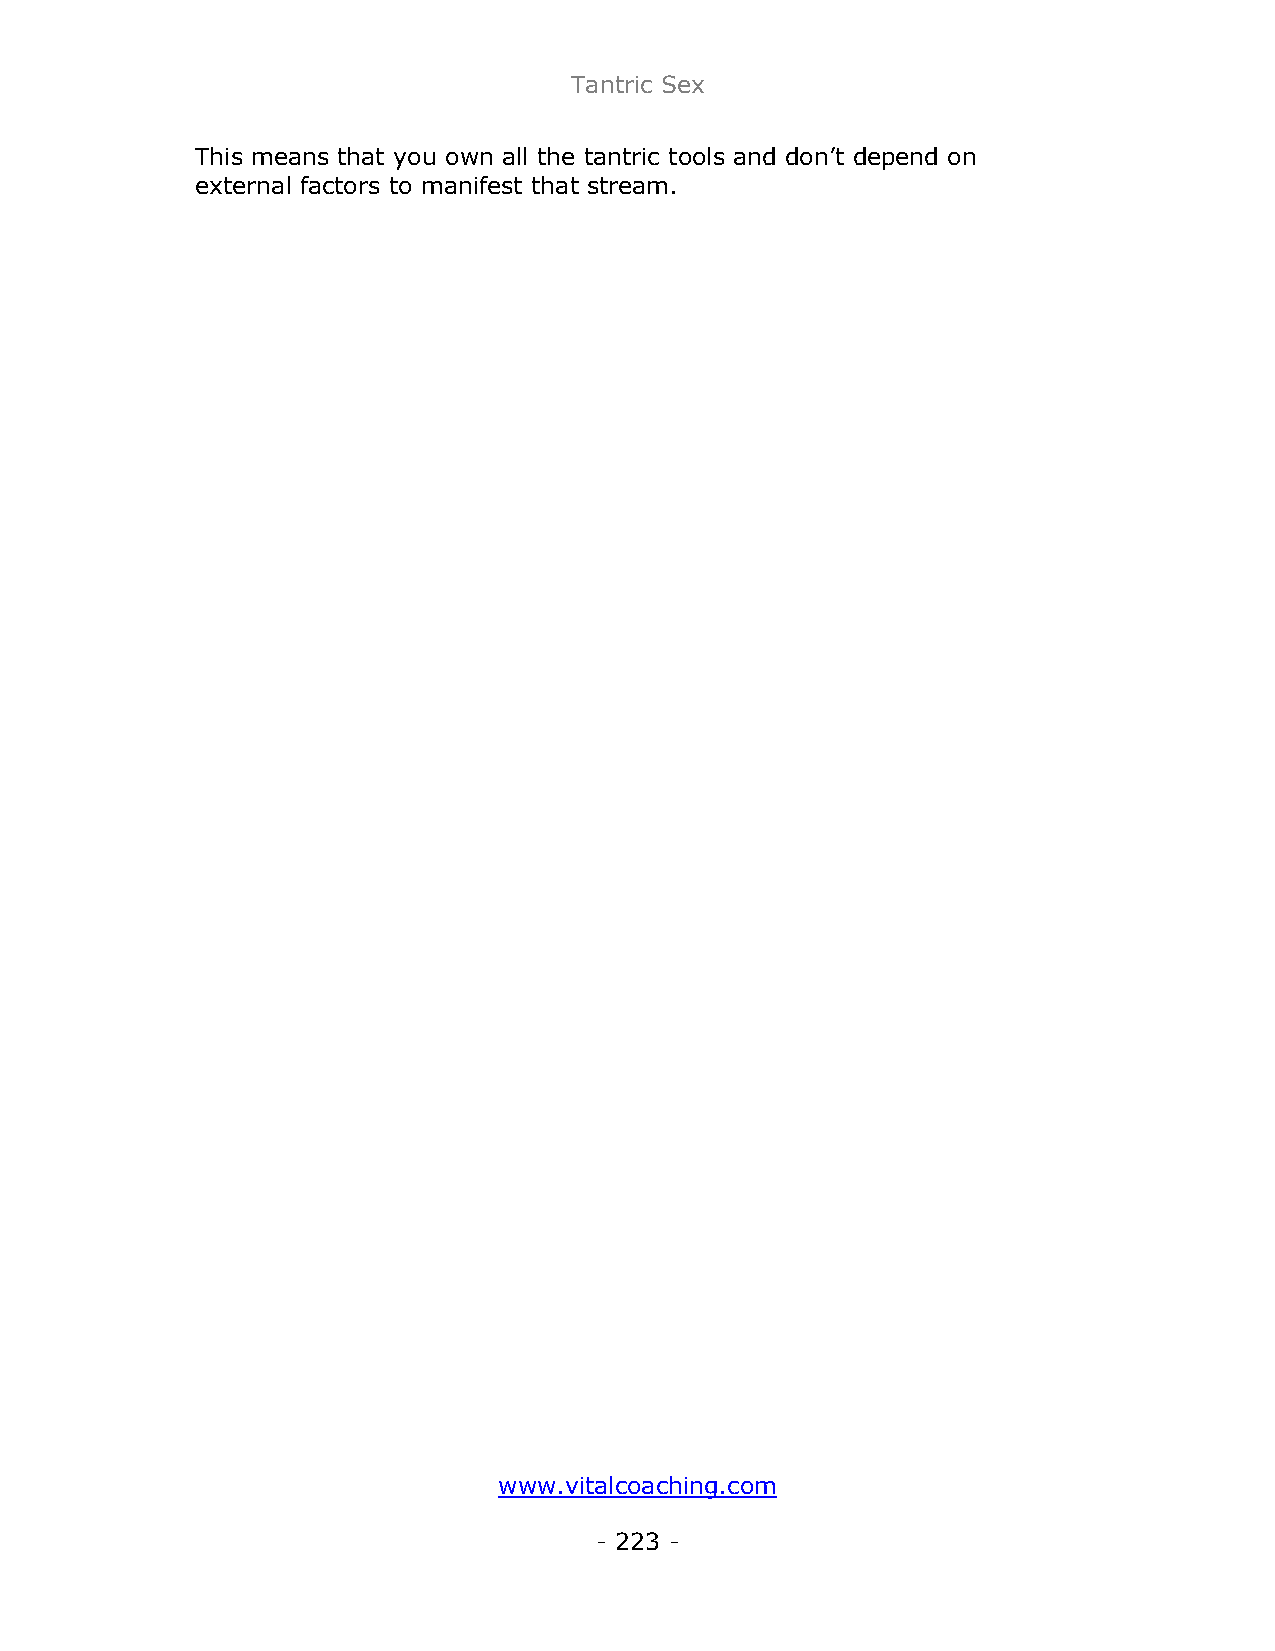
Tantric Sex
 This means that you own all the tantric tools and don’t depend on
 external factors to manifest that stream.
 www.vitalcoaching.com
 - 223 -